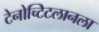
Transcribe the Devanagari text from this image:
टेनोच्टिटलानला